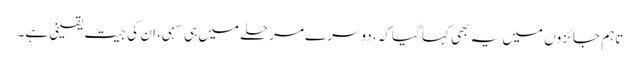
تاہم جائزوں میں یہ بھی کہا گیا کہ، دوسرے مرحلے میں ہی سہی، ان کی جیت یقینی ہے۔